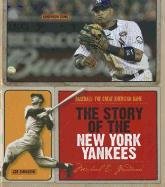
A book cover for The Story of the New York Yankees (Baseball: the Great American Game); Michael E. Goodman; Teen & Young Adult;